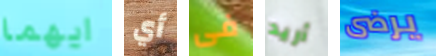
ايهما أي فى أريد يرضى